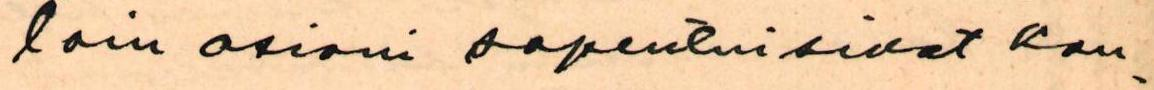
loin asiani sopeutuisivat kau-